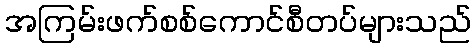
အကြမ်းဖက်စစ်ကောင်စီတပ်များသည်